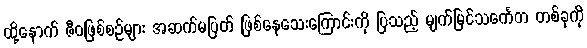
ထို့နောက် ဇီဝဖြစ်စဉ်များ အဆက်မပြတ် ဖြစ်နေသေးကြောင်းကို ပြသည့် မျက်မြင်သင်္ကေတ တစ်ခုကို